Standards of the constituents of the urine and blood and the bearing of the metabolism of Bengalis on the problems of nutrition - Number 34
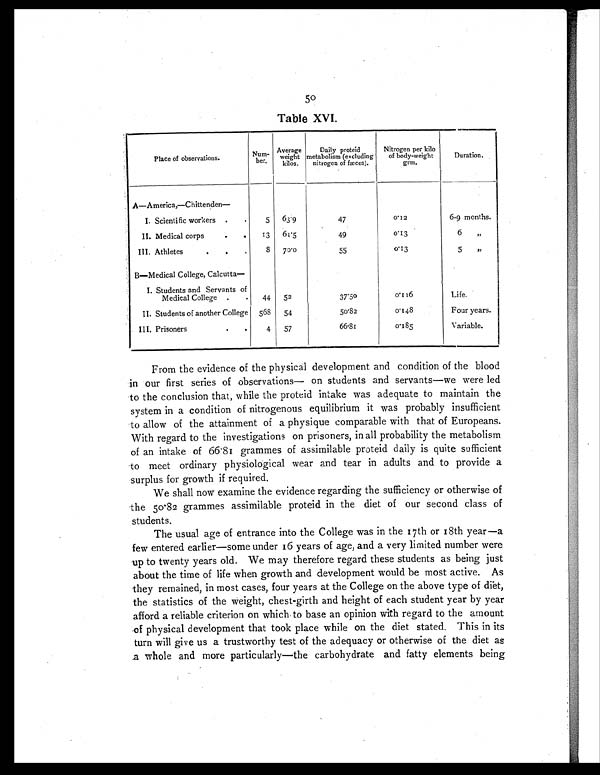
50
Table XVI.
Place of observations.
Num-
ber.
Average
weight
kilos.
Daily proteid
metabolism (excluding
nitrogen of fæces).
Nitrogen per kilo
of body-weight
grm.
Duration.
A—America,—Chittenden—
I. Scientific workers .
.
5 63.9
47
0.12
6-9 months.
II. Medical corps
.
. 13 61.5
49
0 . 1 3
6 „
III. Athletes
. .
.
8 70.0
55
0.13
5 „
B—Medical College, Calcutta—
I. Students and Servants of
Medical College .
. 44 52
37.50
0 . 1 1 6
Life.
II. Students of another College 568 54
50.82
0.148
Four years.
I I I . Pr i soner s
.
.
4 57
66.81
0 . 1 8 5
Variable.
From the evidence of the physical development and condition of the blood
in our first series of observations— on students and servants—we were led
to the conclusion that, while the proteid intake was adequate to maintain the
system in a condition of nitrogenous equilibrium it was probably insufficient
to allow of the attainment of a physique comparable with that of Europeans.
With regard to the investigations on prisoners, in all probability the metabolism
of an intake of 66.81 grammes of assimilable proteid daily is quite sufficient
to meet ordinary physiological wear and tear in adults and to provide a
surplus for growth if required.
We shall now examine the evidence regarding the sufficiency or otherwise of
the 50.82 grammes assimilable proteid in the diet of our second class of
students.
The usual age of entrance into the College was in the 17th or 18th year—a
few entered earlier—some under 16 years of age, and a very limited number were
up to twenty years old. We may therefore regard these students as being just
about the time of life when growth and development would be most active. As
they remained, in most cases, four years at the College on the above type of diet,
the statistics of the weight, chest-girth and height of each student year by year
afford a reliable criterion on which to base an opinion with regard to the amount
of physical development that took place while on the diet stated. This in its
turn will give us a trustworthy test of the adequacy or otherwise of the diet as
a whole and more particularly—the carbohydrate and fatty elements being